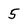
Character: 5